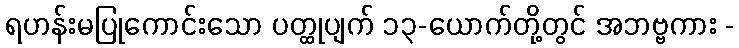
ရဟန်းမပြုကောင်းသော ပတ္ထုပျက် ၁၃-ယောက်တို့တွင် အဘဗ္ဗကား -